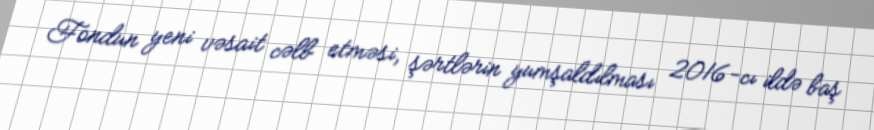
Fondun yeni vəsait cəlb etməsi, şərtlərin yumşaldılması 2016-cı ildə baş